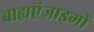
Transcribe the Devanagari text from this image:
बाह्यएंजाइमों